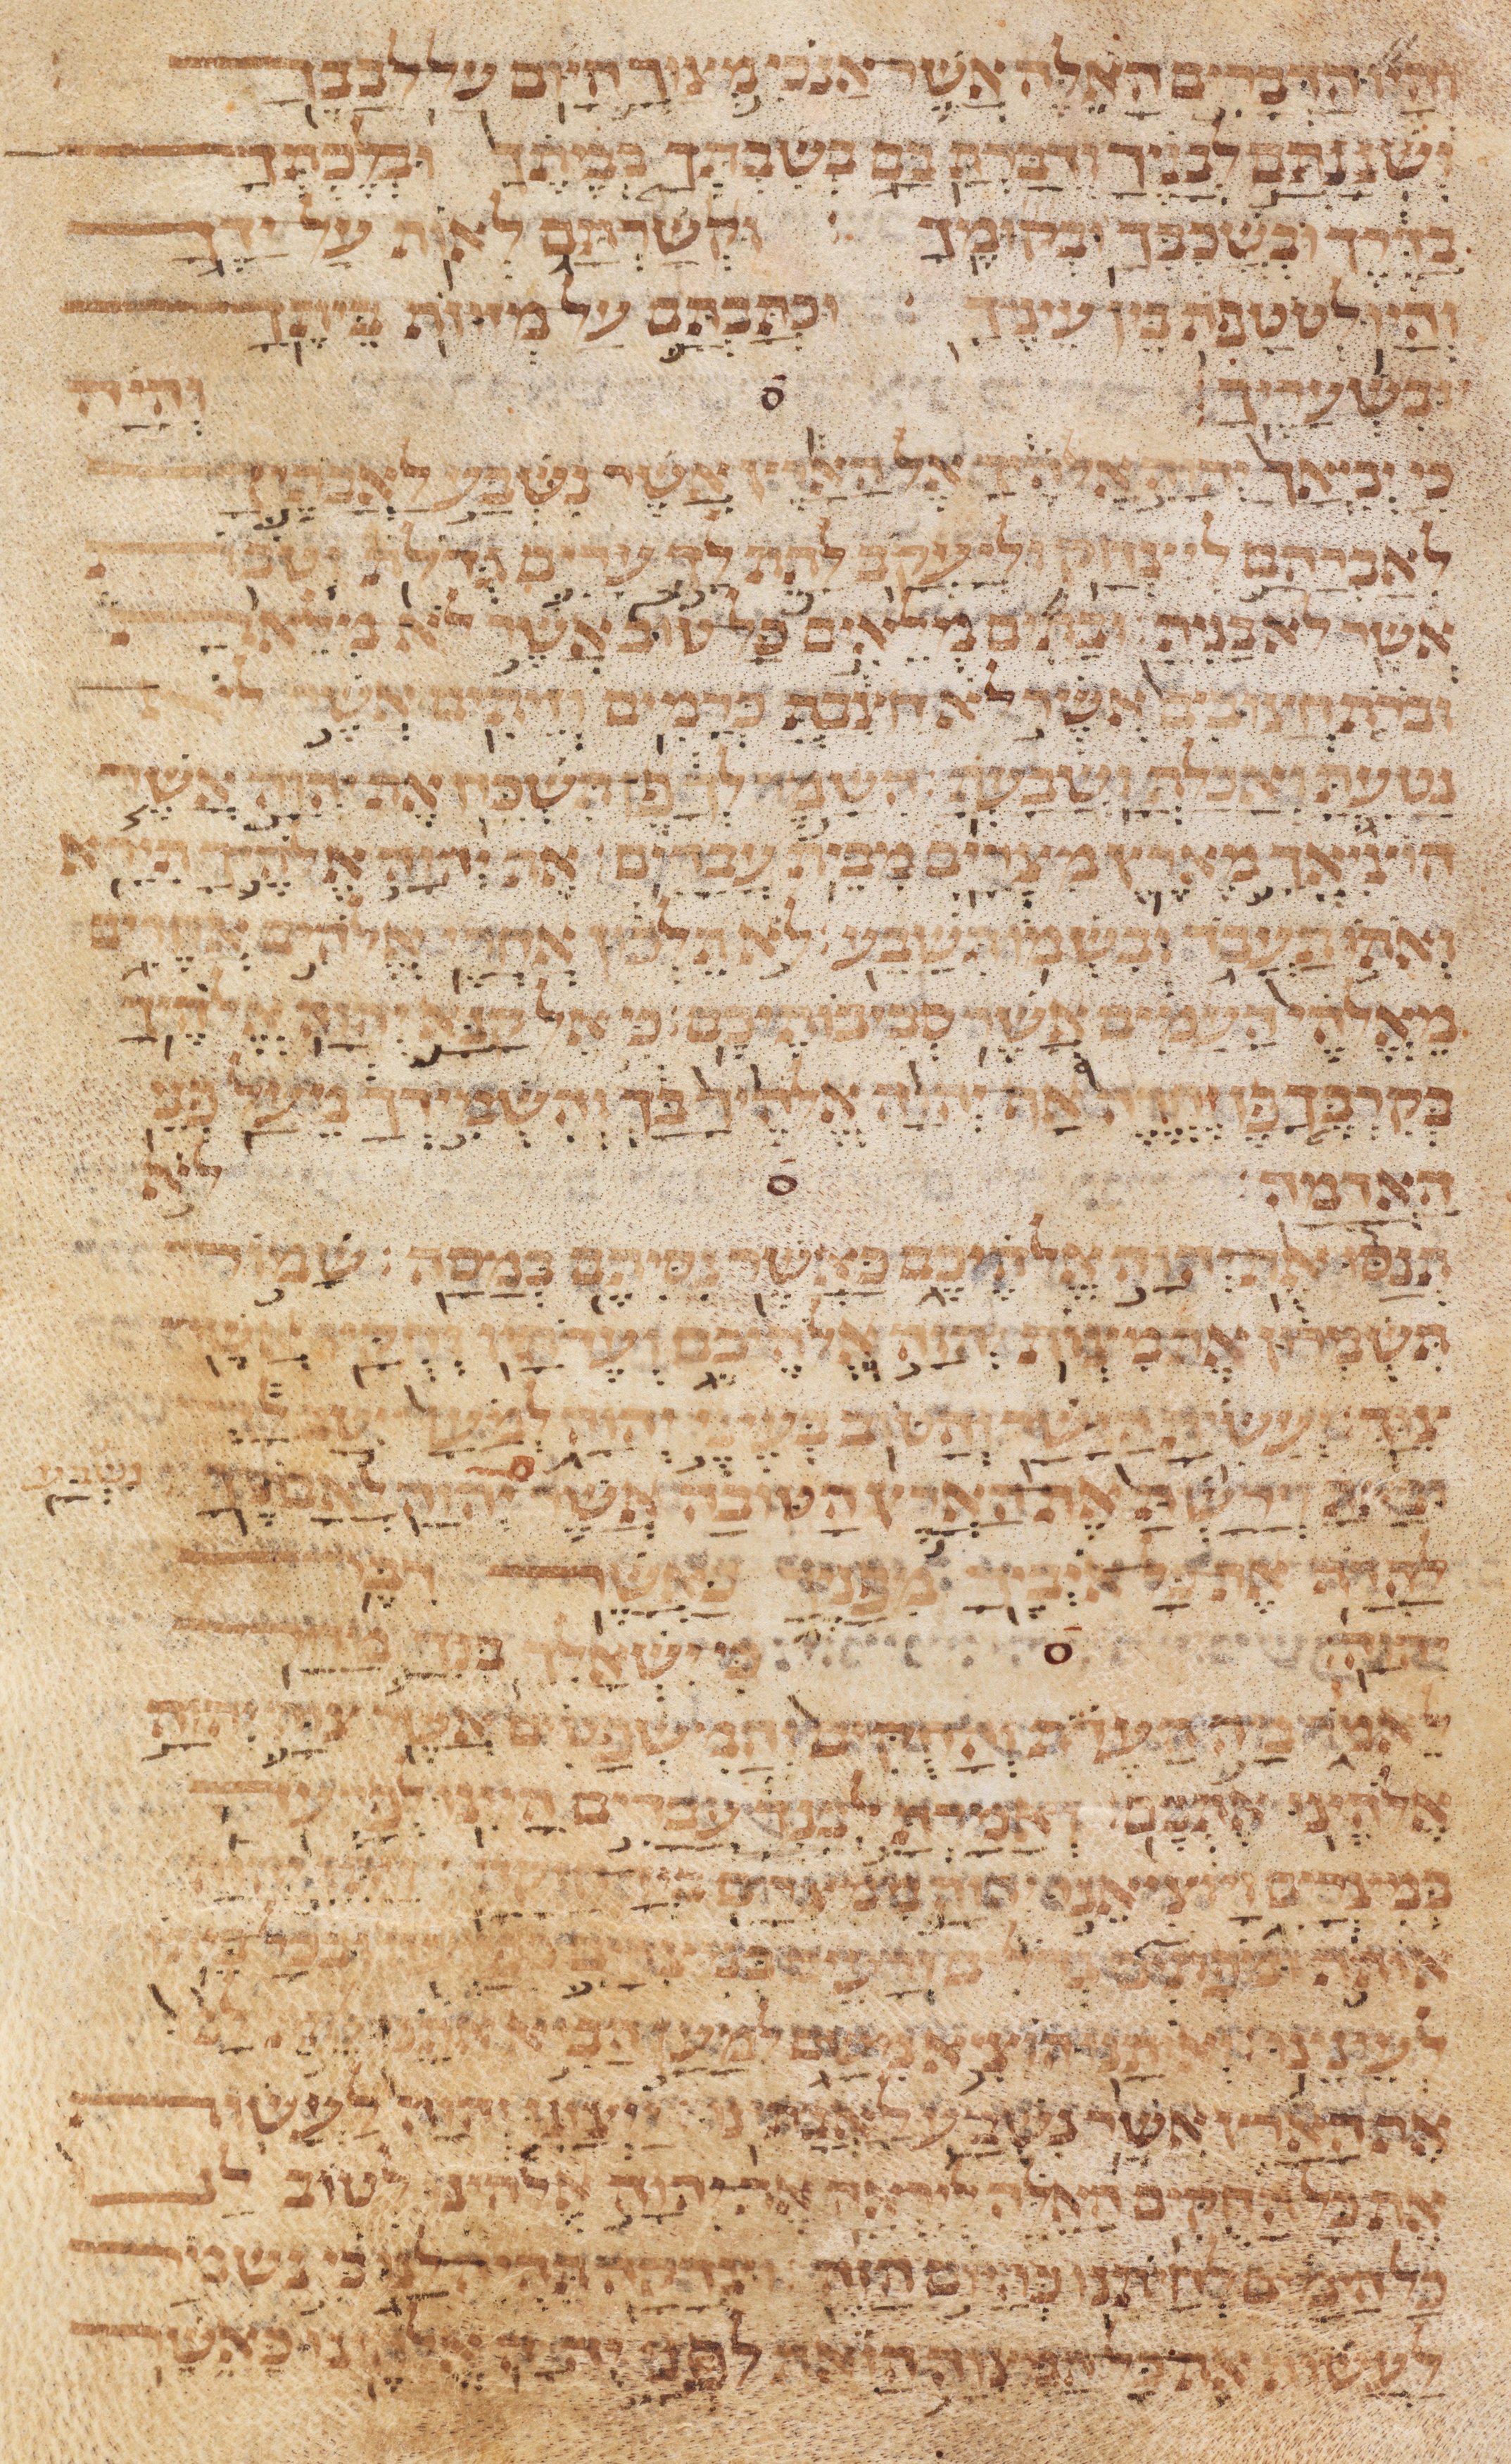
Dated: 1235–1255